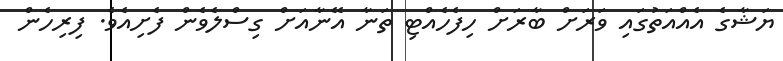
ޔަޝާގެ އެއްއަތުގައި ވަރަށް ބާރަށް ހިފެހެއްޓި ތަނާ އޭނާއަށް ގިސްލެވެން ފެށިއެވެ. ފިރިހެން